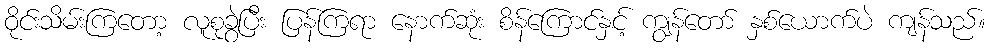
ဝိုင်းသိမ်းကြတော့ လူစုခွဲပြီး ပြန်ကြရာ နောက်ဆုံး စိန်ကြောင်နှင့် ကျွန်တော် နှစ်ယောက်ပဲ ကျန်သည်။